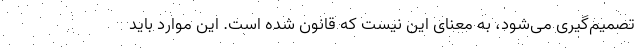
تصمیم‌گیری می‌شود، به معنای این نیست که قانون شده است. این موارد باید